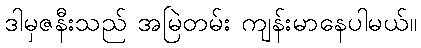
ဒါမှဇနီးသည် အမြဲတမ်း ကျန်းမာနေပါမယ်။